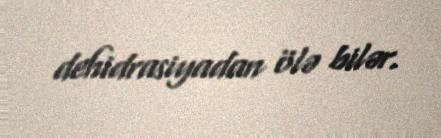
dehidrasiyadan ölə bilər.